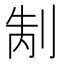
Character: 𭃥